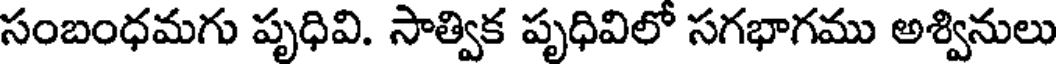
సంబంధమగు పృధివి. సాత్విక పృధివిలో సగభాగము అశ్వినులు